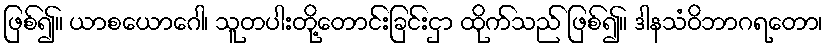
ဖြစ်၍။ ယာစယောဂေါ၊ သူတပါးတို့တောင်းခြင်းငှာ ထိုက်သည် ဖြစ်၍။ ဒါနသံဝိဘာဂရတော၊